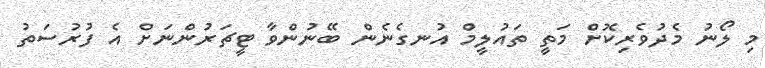
މި ލޯނު މެދުވެރިކޮށް މަތީ ތައުލީމް އުނގެނެން ބޭނުންވާ ޓީޗަރުންނަށް އެ ފުރުސަތު